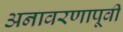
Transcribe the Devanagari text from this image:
अनावरणापूर्वी